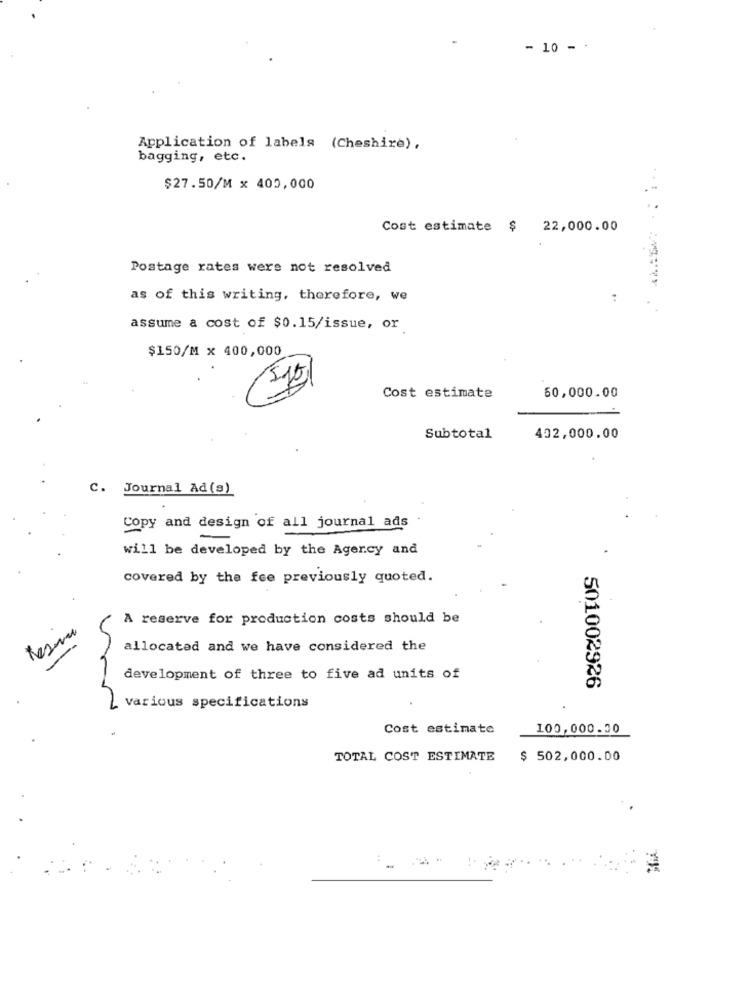
- 10 -.
Application of labels (Cheshire) .
bagging, etc.
$27.50/M x 400,000
Cost estimate $ 22,000.00
Postage rates were not resolved
as of this writing, therefore, we
assume a cost of $0.15/issue, or
$150/M x 400,000
Cost estimate
60,000.00
Subtotal
402,000.00
C. Journal Ad (s)
Copy and design of all journal ads
will be developed by the Agency and
covered by the fee previously quoted.
A reserve for production costs should be
Resma
allocated and we have considered the
development of three to five ad units of
501002926
various specifications
Cost estimate
100,000.30
TOTAL COST ESTIMATE
$ 502,000.00